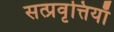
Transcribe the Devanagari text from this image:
सत्प्रवृत्तियाँ